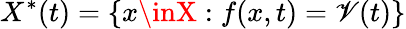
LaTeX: X^{\ast}(t)=\{ x\inX:f(x,t)=\mathscr{V}(t)\}